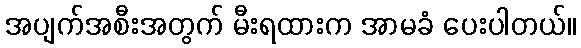
အပျက်အစီးအတွက် မီးရထားက အာမခံ ပေးပါတယ်။